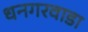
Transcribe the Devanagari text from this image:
धनगरवाडा